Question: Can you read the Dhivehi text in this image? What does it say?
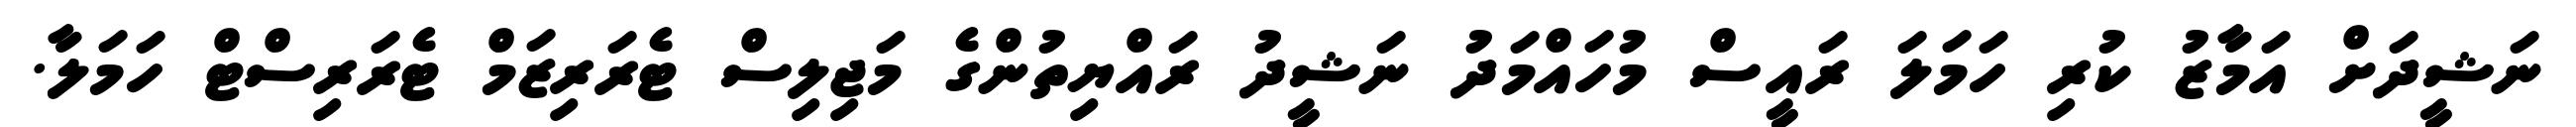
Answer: ނަޝީދަށް އަމާޒު ކުރި ހަމަލަ ރައީސް މުހައްމަދު ނަޝީދު ރައްޔިތުންގެ މަޖިލިސް ޓެރަރިޒަމް ޓެރަރިސްޓް ހަމަލާ.